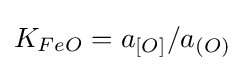
K_{FeO}=a_{[O]}/a_{(O)}